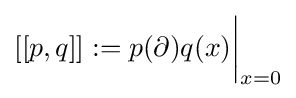
[[p,q]]:=p(\partial )q(x){\bigg |}_{x=0}